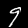
Digit: 9